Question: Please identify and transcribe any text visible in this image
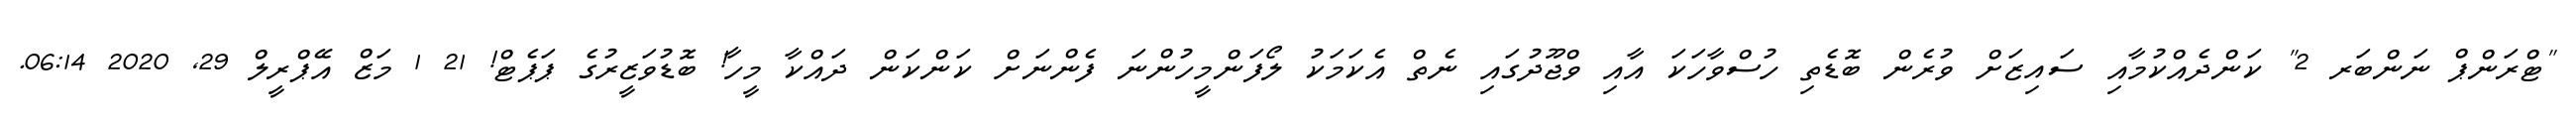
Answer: "ޓްރަންޕް ނަންބަރ 2" ކަންދެއްކުމާއި ސައިޒަށް ވުރެން ބޮޑެތި ހުސްވާހަކަ އާއި ވްޖޫދުގައި ނެތް އެކަމަކު ލޯފަންމީހުންނަ ފެންނަށް ކަންކަން ދައްކާ މީހާ! ބޮޑުވަޒީރުގެ ޕަޕެޓް! 21 1 މަޒް އޭޕްރީލް 29, 2020 06:14.